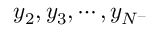
y _ { 2 } , y _ { 3 } , \cdots , y _ { N ^ { - } }